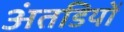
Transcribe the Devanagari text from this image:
अंतडियों